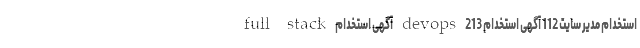
استخدام مدیر سایت 112 آگهی استخدام devops 213 آگهی استخدام full stack